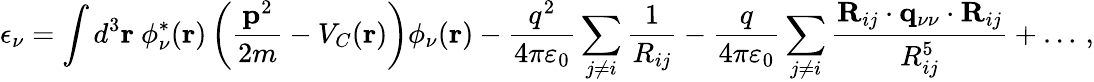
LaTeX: \epsilon_{\nu}=\int d^{3}{\mathbf r}~\phi_{\nu}^{\ast}({\mathbf r})\left(\frac{{\mathbf p}^{2}}{2m}-V_{C}({\mathbf r})\right)\phi_{\nu}({\mathbf r})-\frac{q^{2}}{4\pi\varepsilon_{0}}\sum_{j\neq i}\frac{1}{R_{ij}}-\frac{q}{4\pi\varepsilon_{0}}\sum_{j\neq i}\frac{{\mathbf R}_{ij}\cdot{\mathbf q}_{\nu\nu}\cdot{\mathbf R}_{ij}}{R_{ij}^{5}}+\dots\, ,